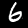
Label: 6